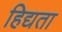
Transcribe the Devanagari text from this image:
हिद्यता